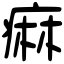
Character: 痳